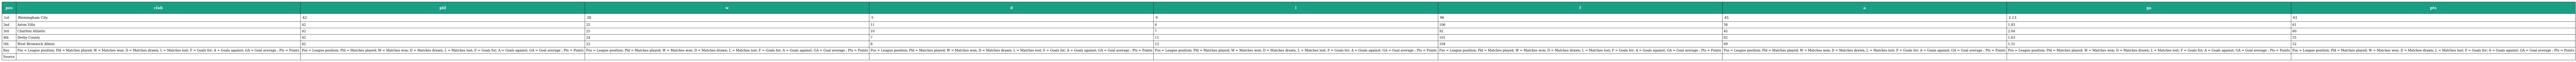
| pos | club | pld | w | d | l | f | a | ga | pts |
 | --- | --- | --- | --- | --- | --- | --- | --- | --- | --- |
 | 1st | Birmingham City | 42 | 28 | 5 | 9 | 96 | 45 | 2.13 | 61 |
 | 2nd | Aston Villa | 42 | 25 | 11 | 6 | 106 | 58 | 1.83 | 61 |
 | 3rd | Charlton Athletic | 42 | 25 | 10 | 7 | 92 | 45 | 2.04 | 60 |
 | 4th | Derby County | 42 | 24 | 7 | 11 | 101 | 62 | 1.63 | 55 |
 | 5th | West Bromwich Albion | 42 | 22 | 8 | 12 | 104 | 69 | 1.51 | 52 |
 | Key | Pos = League position; Pld = Matches played; W = Matches won; D = Matches drawn; L = Matches lost; F = Goals for; A = Goals against; GA = Goal average ; Pts = Points | Pos = League position; Pld = Matches played; W = Matches won; D = Matches drawn; L = Matches lost; F = Goals for; A = Goals against; GA = Goal average ; Pts = Points | Pos = League position; Pld = Matches played; W = Matches won; D = Matches drawn; L = Matches lost; F = Goals for; A = Goals against; GA = Goal average ; Pts = Points | Pos = League position; Pld = Matches played; W = Matches won; D = Matches drawn; L = Matches lost; F = Goals for; A = Goals against; GA = Goal average ; Pts = Points | Pos = League position; Pld = Matches played; W = Matches won; D = Matches drawn; L = Matches lost; F = Goals for; A = Goals against; GA = Goal average ; Pts = Points | Pos = League position; Pld = Matches played; W = Matches won; D = Matches drawn; L = Matches lost; F = Goals for; A = Goals against; GA = Goal average ; Pts = Points | Pos = League position; Pld = Matches played; W = Matches won; D = Matches drawn; L = Matches lost; F = Goals for; A = Goals against; GA = Goal average ; Pts = Points | Pos = League position; Pld = Matches played; W = Matches won; D = Matches drawn; L = Matches lost; F = Goals for; A = Goals against; GA = Goal average ; Pts = Points | Pos = League position; Pld = Matches played; W = Matches won; D = Matches drawn; L = Matches lost; F = Goals for; A = Goals against; GA = Goal average ; Pts = Points |
 | Source |  |  |  |  |  |  |  |  |  |